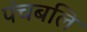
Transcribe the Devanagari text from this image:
पंचबलि